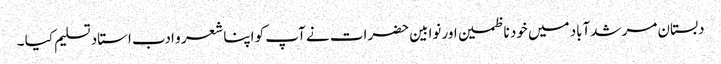
دبستان مرشدآباد میں خود ناظمین اور نوابین حضرات نے آپ کو اپنا شعر و ادب استاد تسلیم کیا ۔